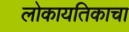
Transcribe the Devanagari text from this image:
लोकायतिकाचा